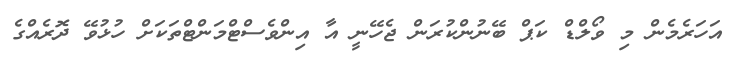
އަހަރެމެން މި ވޯލްޑް ކަޕް ބޭނުންކުރަން ޖެހޭނީ އާ އިންވެސްޓްމަންޓްތަކަށް ހުޅުވޭ ދޮރެއްގެ